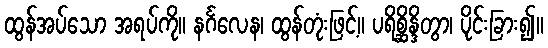
ထွန်အပ်သော အရပ်ကို။ နင်္ဂလေန၊ ထွန်တုံးဖြင့်။ ပရိစ္ဆိန္ဒိတွာ၊ ပိုင်းခြား၍။